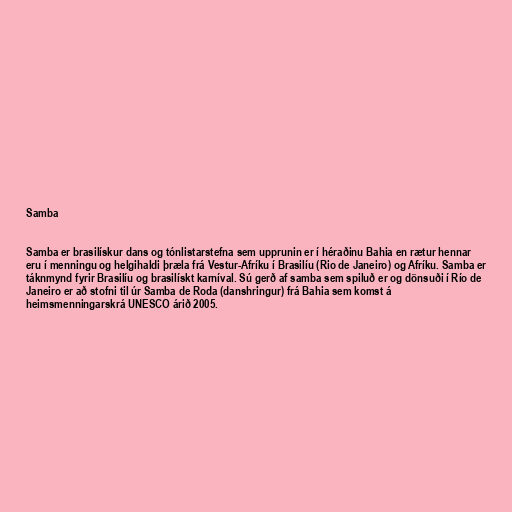
Samba

Samba er brasilískur dans og tónlistarstefna sem upprunin er í héraðinu Bahia en rætur hennar
eru í menningu og helgihaldi þræla frá Vestur-Afríku í Brasilíu (Rio de Janeiro) og Afríku. Samba er
táknmynd fyrir Brasilíu og brasilískt karníval. Sú gerð af samba sem spiluð er og dönsuði í Río de
Janeiro er að stofni til úr Samba de Roda (danshringur) frá Bahia sem komst á
heimsmenningarskrá UNESCO árið 2005.